Vaccination in Burma 1900-1911 - 1900-1911
Year: 1900
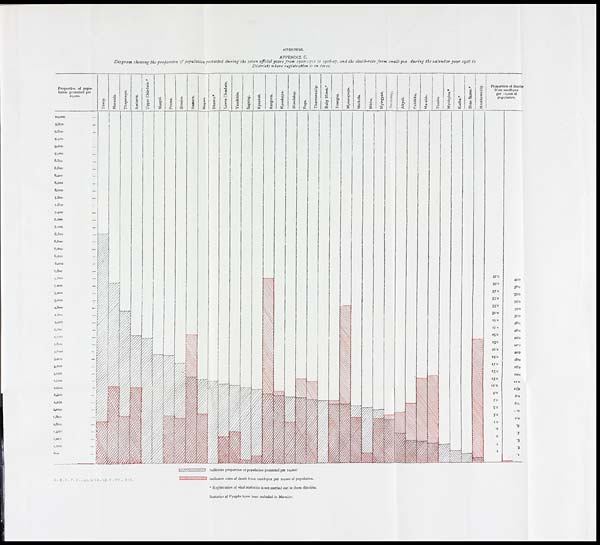
APPENDICES.
APPENDIX C.
Diagram showing the proportion of population protected during the seven official years from 1900-1901 to 1906-07, and the death-rate from small-pox during the calendar year 1906 in
Districts where registration is in force.
G .B. C. P. O . —No. 11. 1.G. 18.7. 07— 410.